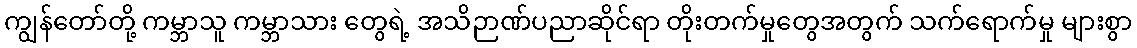
ကျွန်တော်တို့ ကမ္ဘာသူ ကမ္ဘာသား တွေရဲ့ အသိဉာဏ်ပညာဆိုင်ရာ တိုးတက်မှုတွေအတွက် သက်ရောက်မှု များစွာ